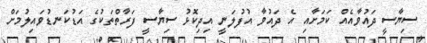
ސިޔާސީ ދައުވާއެއް ކަމަށާއި އެ ދައުވާ އުފުލަނީ އިދިކޮޅު ސިޔާސީ ފަރާތްތަކުގެ އަޑުކަނޑުވައިލުމަށް